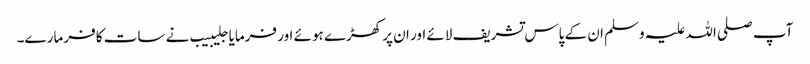
آپ صلی اللہ علیہ وسلم ان کے پاس تشریف لائے اور ان پر کھڑے ہوئے اور فرمایا جلیبیب نے سات کافر مارے۔